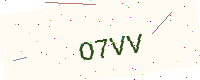
Text: O7VV